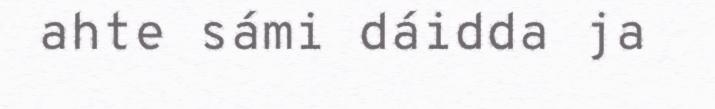
ahte sámi dáidda ja